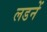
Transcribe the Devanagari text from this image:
लडनें